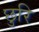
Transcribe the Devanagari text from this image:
छुरि